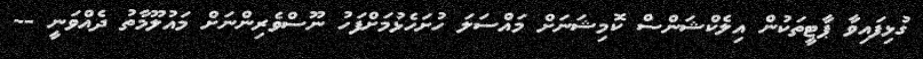
ގުޅިފައިވާ ޕާޓީތަކުން އިލެކްޝަންސް ކޮމިޝަނަށް މައްސަލަ ހުށަހެޅުމަށްފަހު ނޫސްވެރިންނަށް މައުލޫމާތު ދެއްވަނީ --